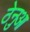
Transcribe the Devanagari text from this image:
ठेनुआ